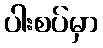
ပါးစပ်မှာ